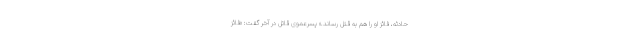
حادثه، فائز او را هم به قتل رساند.» پسرعموی قاتل در آخر گفت: «فائز